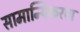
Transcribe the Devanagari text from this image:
सामान्यिकरण